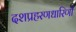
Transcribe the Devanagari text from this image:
दशप्रहरणधारिणी